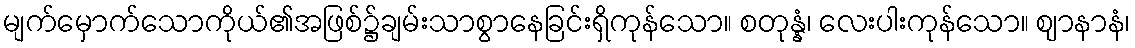
မျက်မှောက်သောကိုယ်၏အဖြစ်၌ချမ်းသာစွာနေခြင်းရှိကုန်သော။ စတုန္နံ၊ လေးပါးကုန်သော။ ဈာနာနံ၊